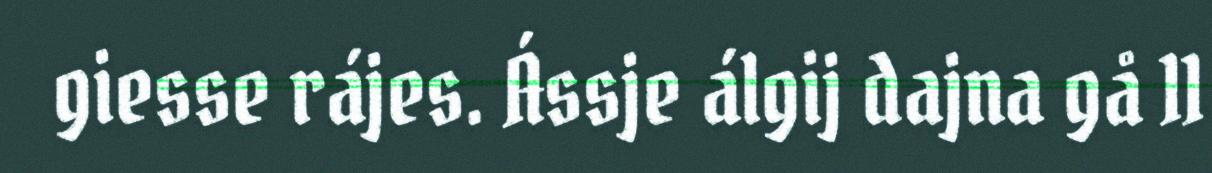
giesse rájes. Ássje álgij dajna gå 11